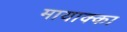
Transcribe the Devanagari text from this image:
मायाक्का